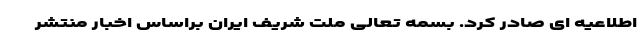
اطلاعیه ای صادر کرد. بسمه تعالی ملت شریف ایران براساس اخبار منتشر